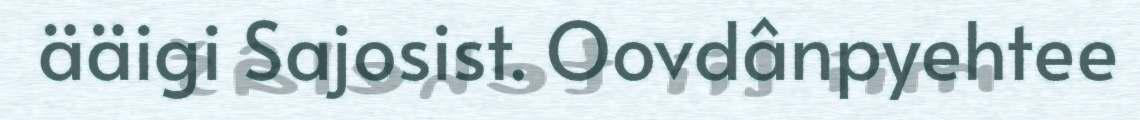
ääigi Sajosist. Oovdânpyehtee